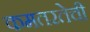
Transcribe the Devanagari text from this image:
कमतरतेची